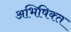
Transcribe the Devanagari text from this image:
अभिषिक्‍त